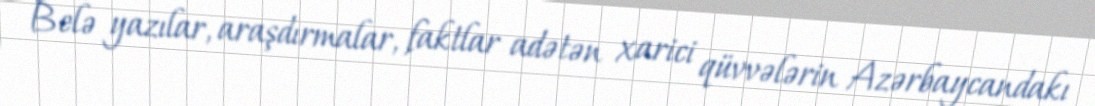
Belə yazılar, araşdırmalar, faktlar adətən xarici qüvvələrin Azərbaycandakı